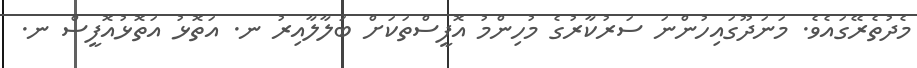
މެދުތެރޭގައެވެ. މަނަދޫގައިހުންނަ ސަރުކާރުގެ މުހިންމު އޮފީސްތަކަށް ބަލާލާއިރު ނ. އަތޮޅު އަތޮޅުއޮފީސް ނ.